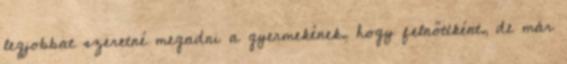
legjobbat szeretné megadni a gyermekének, hogy felnőttként, de már